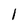
Character: 1